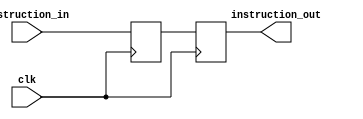
module registro_IF_ID(
	// Entradas
	instruction_in,
	clk,

	// Salidas
	instruction_out
);

input wire clk;

reg [13:0] instruction;
input wire [13:0] instruction_in;
output reg [13:0] instruction_out;


always @(posedge clk) // lee en el posedge (Le llega el dato en el posedge)
begin
    instruction<=instruction_in;
end
always @(negedge clk) // escritura en el negedge (Suelta el dato en el negedge)
begin
	instruction_out<=instruction;
end

endmodule